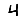
Digit: 4